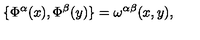
\{ \Phi ^ { \alpha } ( x ) , \Phi ^ { \beta } ( y ) \} = \omega ^ { \alpha \beta } ( x , y ) ,